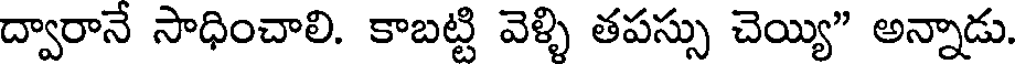
ద్వారానే సాధించాలి. కాబట్టి వెళ్ళి తపస్సు చెయ్యి" అన్నాడు.